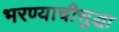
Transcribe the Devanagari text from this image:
भरण्याचीसुद्धा